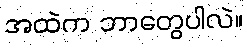
အထဲက ဘာတွေပါလဲ။